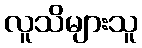
လူသိများသူ